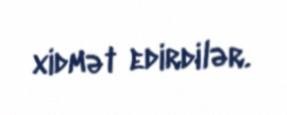
xidmət edirdilər.